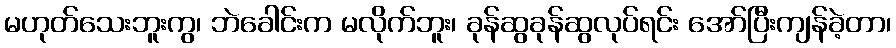
မဟုတ်သေးဘူးကွ၊ ဘဲခေါင်းက မလိုက်ဘူး၊ ခုန်ဆွခုန်ဆွလုပ်ရင်း အော်ပြီးကျန်ခဲ့တာ၊